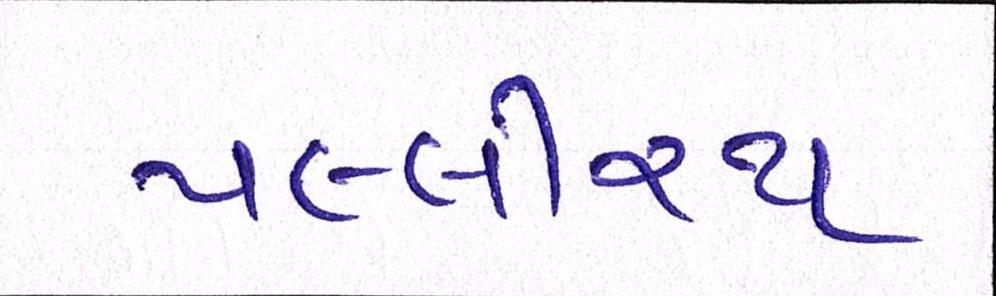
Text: પલ્લીરથ